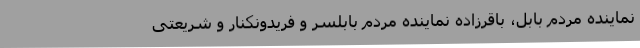
نماینده مردم بابل، باقرزاده نماینده مردم بابلسر و فریدونکنار و شریعتی